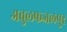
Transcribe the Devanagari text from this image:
अबुलफजलपुर